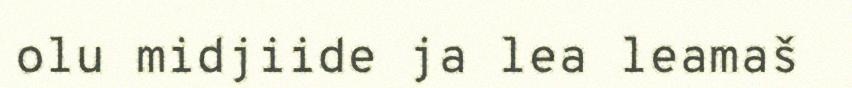
olu midjiide ja lea leamaš